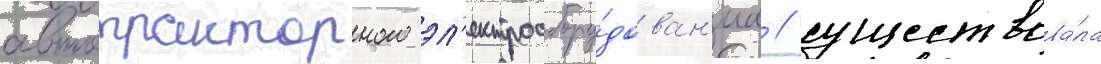
автотракторного эл'ектрообору́дован'иа / существова́ла